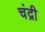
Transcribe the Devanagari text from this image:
चंद्री